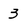
Character: 3